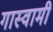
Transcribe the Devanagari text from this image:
गास्वामी